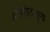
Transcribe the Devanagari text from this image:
अभिहितमूल्य